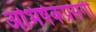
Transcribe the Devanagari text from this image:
अभिषेकप्रसंगी